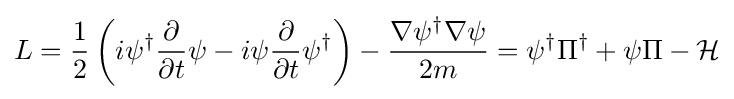
L={\frac {1}{2}}\left(i\psi ^{\dagger }{\frac {\partial }{\partial t}}\psi -i\psi {\frac {\partial }{\partial t}}\psi ^{\dagger }\right)-{\nabla \psi ^{\dagger }\nabla \psi  \over 2m}=\psi ^{\dagger }\Pi ^{\dagger }+\psi \Pi -{\mathcal {H}}